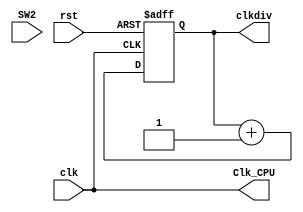
module clk_div(
	input clk,
	input wire rst,
	input wire SW2,
	output reg[31:0] clkdiv,
	output wire Clk_CPU
    );


always @(posedge clk or posedge rst)begin
	if (rst) begin
		clkdiv <= 0;
	end else begin
		clkdiv <= clkdiv + 1'b1;
	end
end

//assign Clk_CPU = SW2?clkdiv[30]:clkdiv[1];

assign Clk_CPU = clk;

endmodule